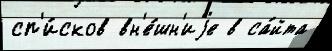
сп'и́сков вн'е́шн'иjе в са́йта